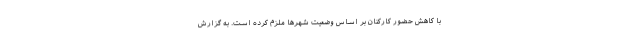
با کاهش حضور کارکنان بر اساس وضعیت شهرها ملزم کرده است. به گزارش